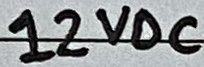
Text: 12VDC